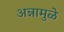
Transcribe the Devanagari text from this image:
अन्नामुळे